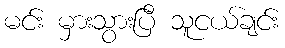
မင်း မှားသွားပြီ သူငယ်ချင်း